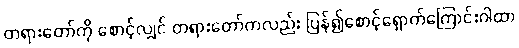
တရားတော်ကို စောင့်လျှင် တရားတော်ကလည်း ပြန်၍စောင့်ရှောက်ကြောင်းဂါထာ